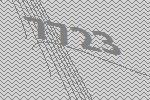
7723